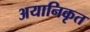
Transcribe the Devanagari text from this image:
अयानिकृत